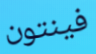
فينتون